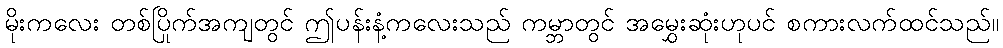
မိုးကလေး တစ်ပြိုက်အကျတွင် ဤပန်းနံ့ကလေးသည် ကမ္ဘာတွင် အမွှေးဆုံးဟုပင် စကားလက်ထင်သည်။